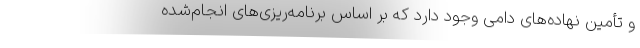
و تأمین نهاده‌های دامی وجود دارد که بر اساس برنامه‌ریزی‌های انجام‌شده